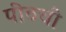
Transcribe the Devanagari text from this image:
पीठची